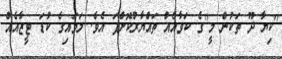
"ކިޔާ ދޫ ތަކުން މީ"ގެ ކަވާއެއް ތައްޔާރުކޮށްފަ އެވެ. ލަވައިގެ ކުޑަ ޓީޒާއެއް